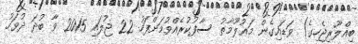
ބިއްލޫރިޖެހިގެ) ވަޑައިގެން މަޢުލޫމާތު ސާފުކުރެއްވުމަށްފަހު 22 ޖުލައި 2015 ވާ ބުދަ ދުވަހު